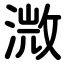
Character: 溦